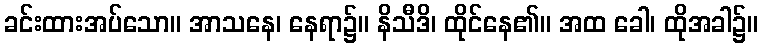
ခင်းထားအပ်သော။ အာသနေ၊ နေရာ၌။ နိသီဒိ၊ ထိုင်နေ၏။ အထ ခေါ၊ ထိုအခါ၌။